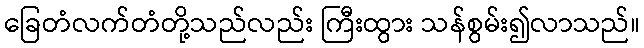
ခြေတံလက်တံတို့သည်လည်း ကြီးထွား သန်စွမ်း၍လာသည်။